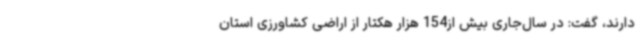
دارند، گفت: در سال‌جاری بیش از154 هزار هکتار از اراضی کشاورزی استان